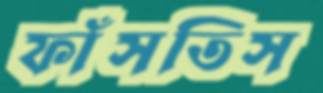
ফাঁসতিস